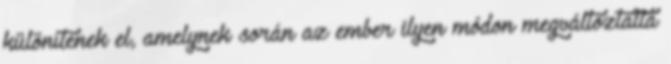
különítenek el, amelynek során az ember ilyen módon megváltoztatta